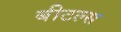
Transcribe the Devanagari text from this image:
बीटल्‍स